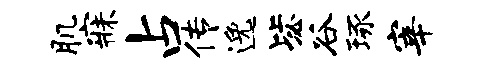
肌寐占传逸毖谷琢宰